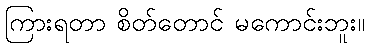
ကြားရတာ စိတ်တောင် မကောင်းဘူး။